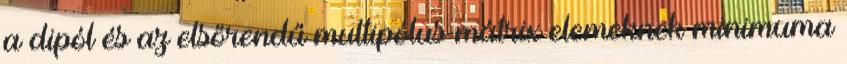
a dipól és az elsőrendű multipólus mátrix elemeknek minimuma